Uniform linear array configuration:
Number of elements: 8
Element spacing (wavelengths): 1
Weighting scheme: blackman
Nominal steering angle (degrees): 60
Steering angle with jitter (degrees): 61.342
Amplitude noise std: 0.05
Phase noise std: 0.05

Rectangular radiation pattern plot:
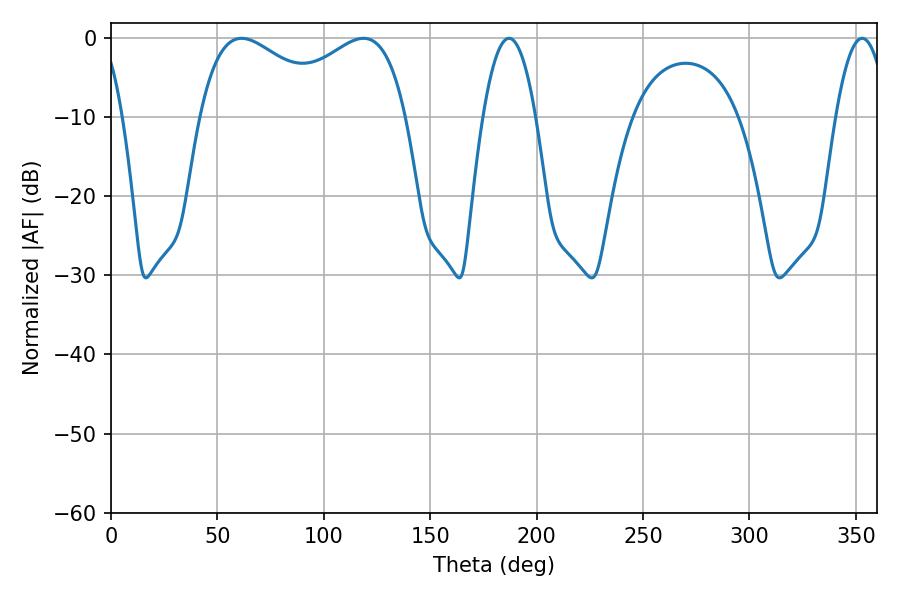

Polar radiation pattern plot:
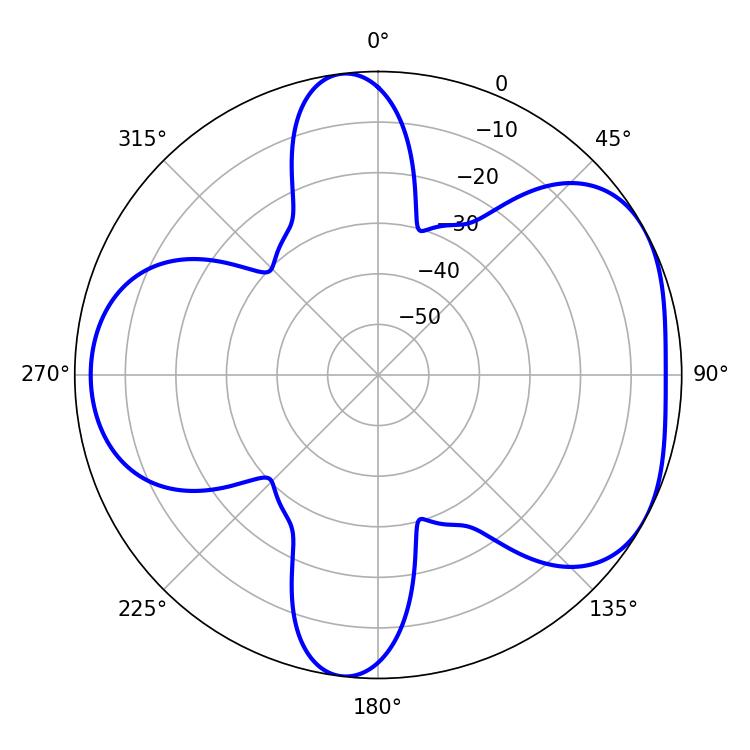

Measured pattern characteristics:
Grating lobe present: TRUE
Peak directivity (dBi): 4.849
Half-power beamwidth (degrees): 13.68
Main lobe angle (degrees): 187.02